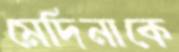
মেদিনাকে